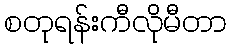
စတုရန်းကီလိုမီတာ